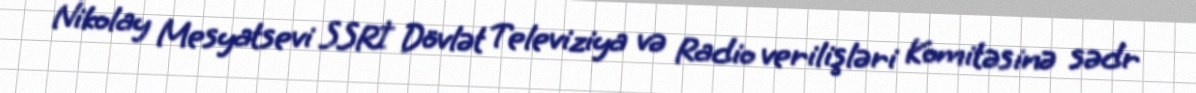
Nikolay Mesyatsevi SSRİ Dövlət Televiziya və Radio verilişləri Komitəsinə sədr